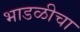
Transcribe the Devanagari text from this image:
भाडळीचा